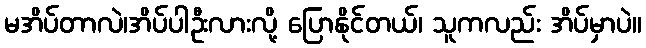
မအိပ်တာလဲ၊အိပ်ပါဦးလားလို့ ပြောနိုင်တယ်၊ သူကလည်း အိပ်မှာပဲ။